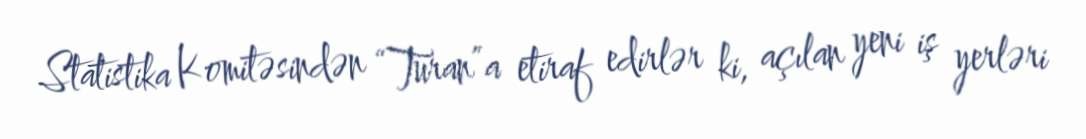
Statistika Komitəsindən “Turan”a etiraf edirlər ki, açılan yeni iş yerləri